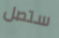
ستصل